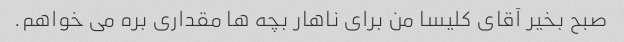
صبح بخیر آقای کلیسا من برای ناهار بچه ها مقداری بره می خواهم.